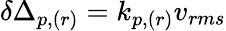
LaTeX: \delta\Delta_{p,(r)}=k_{p,(r)}v_{rms}